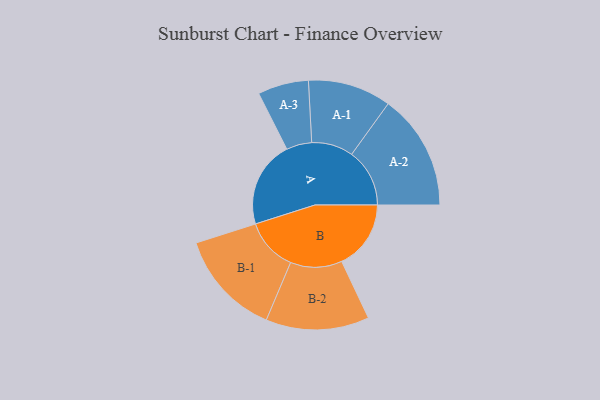
{"axis": {"x": "Segment", "y": "Value"}, "legend": ["", "A", "B"], "data": [{"x": "A", "y": 439, "type": ""}, {"x": "B", "y": 351, "type": ""}, {"x": "A-1", "y": 211, "type": "A"}, {"x": "A-2", "y": 294, "type": "A"}, {"x": "A-3", "y": 129, "type": "A"}, {"x": "B-1", "y": 268, "type": "B"}, {"x": "B-2", "y": 262, "type": "B"}]}